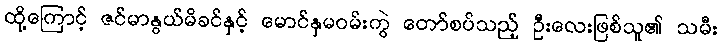
ထို့ကြောင့် ဇင်မာနွယ်မိခင်နှင့် မောင်နှမဝမ်းကွဲ တော်စပ်သည့် ဦးလေးဖြစ်သူ၏ သမီး